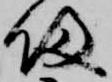
帰